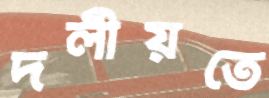
দলীয়তে